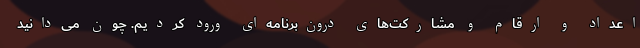
اعداد و ارقام و مشارکت‌های درون‌برنامه‌ای ورود کردیم. چون می‌دانید